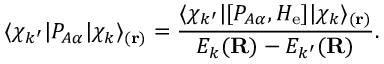
\langle \chi _ { k ^ { \prime } } | P _ { A \alpha } | \chi _ { k } \rangle _ { ( \mathbf { r } ) } = { \frac { \langle \chi _ { k ^ { \prime } } | [ P _ { A \alpha } , H _ { \mathrm { e } } ] | \chi _ { k } \rangle _ { ( \mathbf { r } ) } } { E _ { k } ( \mathbf { R } ) - E _ { k ^ { \prime } } ( \mathbf { R } ) } } .